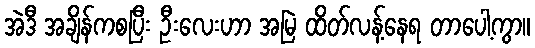
အဲဒီ အချိန်ကစပြီး ဦးလေးဟာ အမြဲ ထိတ်လန့်နေရ တာပေါ့ကွာ။